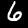
Digit: 6